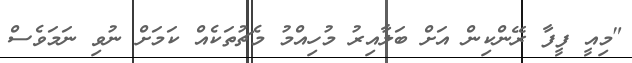
"މިއީ ފީފާ ރޭންކިން އަށް ބަލާއިރު މުހިއްމު މެޗުތަކެއް ކަމަށް ނުވި ނަމަވެސް